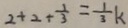
2 + 2 + \frac { 1 } { 3 } = \frac { 1 } { 3 } k